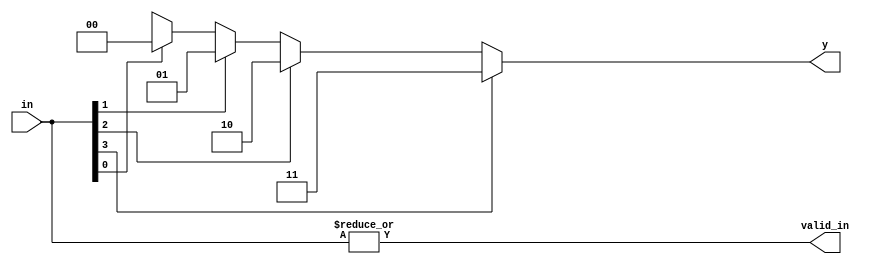
module priority_encoder_4_to_2_if_else (
    input [3:0] in,  // 4-bit input
    output reg [1:0] y,  // 2-bit output
    output valid_in  // valid signal
);

// valid_in signal indicates if any input is 1
assign valid_in = |in;

always @(*) begin
    if (in[3]) y = 2'b11;
    else if (in[2]) y = 2'b10;
    else if (in[1]) y = 2'b01;
    else if (in[0]) y = 2'b00;
    else y = 2'bxx;
end

endmodule